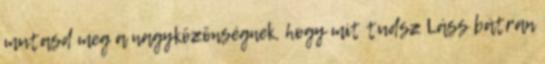
mutasd meg a nagyközönségnek, hogy mit tudsz Láss bátran